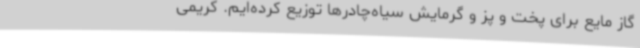
گاز مایع برای پخت و پز و گرمایش سیاه‌چادرها توزیع کرده‌ایم. کریمی